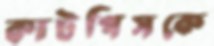
কাটপিসকে